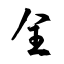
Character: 全